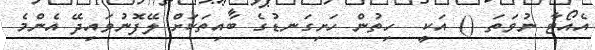
އެއޯޓާ ނުވަތަ () އަކީ  ހިތުން ހަށިގަނޑުގެ ބައިތަކަށް ލޭފޮނުވައިދޭ އެންމެ